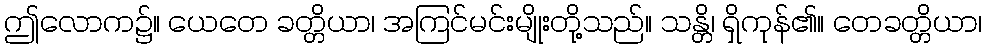
ဤလောက၌။ ယေတေ ခတ္တိယာ၊ အကြင်မင်းမျိုးတို့သည်။ သန္တိ၊ ရှိကုန်၏။ တေခတ္တိယာ၊